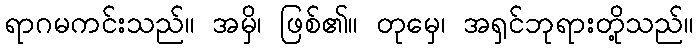
ရာဂမကင်းသည်။ အမှိ၊ ဖြစ်၏။ တုမှေ၊ အရှင်ဘုရားတို့သည်။